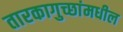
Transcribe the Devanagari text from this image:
तारकागुच्छांमधील